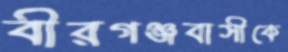
বীরগঞ্জবাসীকে